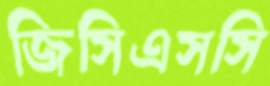
জিসিএসসি